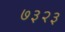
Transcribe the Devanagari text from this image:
७३२३